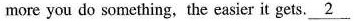
more you do something, the easier it gets. \underline{2}